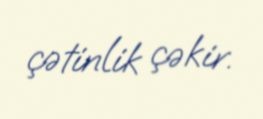
çətinlik çəkir.